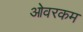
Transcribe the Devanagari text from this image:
ओवरकम